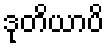
ဒုတိယာပိ